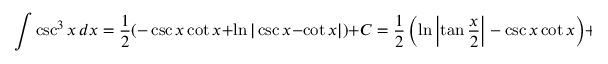
\int \csc ^ { 3 } x \, d x = { \frac { 1 } { 2 } } ( - \csc x \cot x + \ln | \csc x - \cot x | ) + C = { \frac { 1 } { 2 } } \left( \ln \left| \tan { \frac { x } { 2 } } \right| - \csc x \cot x \right) + C